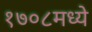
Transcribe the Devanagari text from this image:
१७०८मध्ये